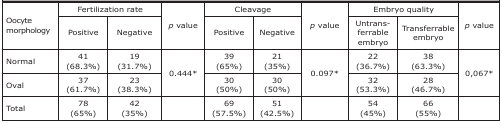
<table><thead><tr><td rowspan="2"><b>Oocyte morphology</b></td><td colspan="2"><b>Fertilization rate</b></td><td rowspan="2"><b><i>p</i> value</b></td><td colspan="2"><b>Cleavage</b></td><td rowspan="2"><b><i>p</i> value</b></td><td colspan="2"><b>Embryo quality</b></td><td rowspan="2"><b><i>p</i> value</b></td></tr><tr><td><b>Positive</b></td><td><b>Negative</b></td><td><b>Positive</b></td><td><b>Negative</b></td><td><b>Untransferrable embryo</b></td><td><b>Transferrable embryo</b></td></tr></thead><tbody><tr><td>Normal</td><td>41 (68.3%)</td><td>19 (31.7%)</td><td rowspan="2">0.444*</td><td>39 (65%)</td><td>21 (35%)</td><td rowspan="2">0.097*</td><td>22 (36.7%)</td><td>38 (63.3%)</td><td rowspan="2">0,067*</td></tr><tr><td>Oval</td><td>37 (61.7%)</td><td>23 (38.3%)</td><td>30 (50%)</td><td>30 (50%)</td><td>32 (53.3%)</td><td>28 (46.7%)</td></tr><tr><td>Total</td><td>78 (65%)</td><td>42 (35%)</td><td> </td><td>69 (57.5%)</td><td>51 (42.5%)</td><td> </td><td>54 (45%)</td><td>66 (55%)</td><td> </td></tr></tbody></table>